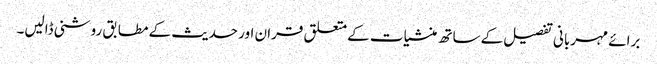
برائے مہربانی تفصیل کے ساتھ منشیات کے متعلق قران اور حدیث کے مطابق روشنی ڈالیں۔